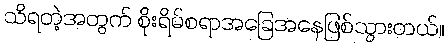
သိရတဲ့အတွက် စိုးရိမ်စရာအခြေအနေဖြစ်သွားတယ်။